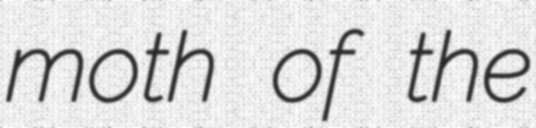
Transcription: moth of the